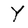
Character: Y